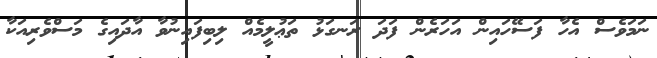
ނަމަވެސް އެހާ ފަސޭހައިން އަހަރެން ފަދަ ރަނގަޅު ތަޢުލީމެއް ލިބިފައިނުވާ އާދައިގެ މަސްވެރިއަކާ